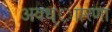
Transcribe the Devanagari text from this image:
अवध्ाारणा